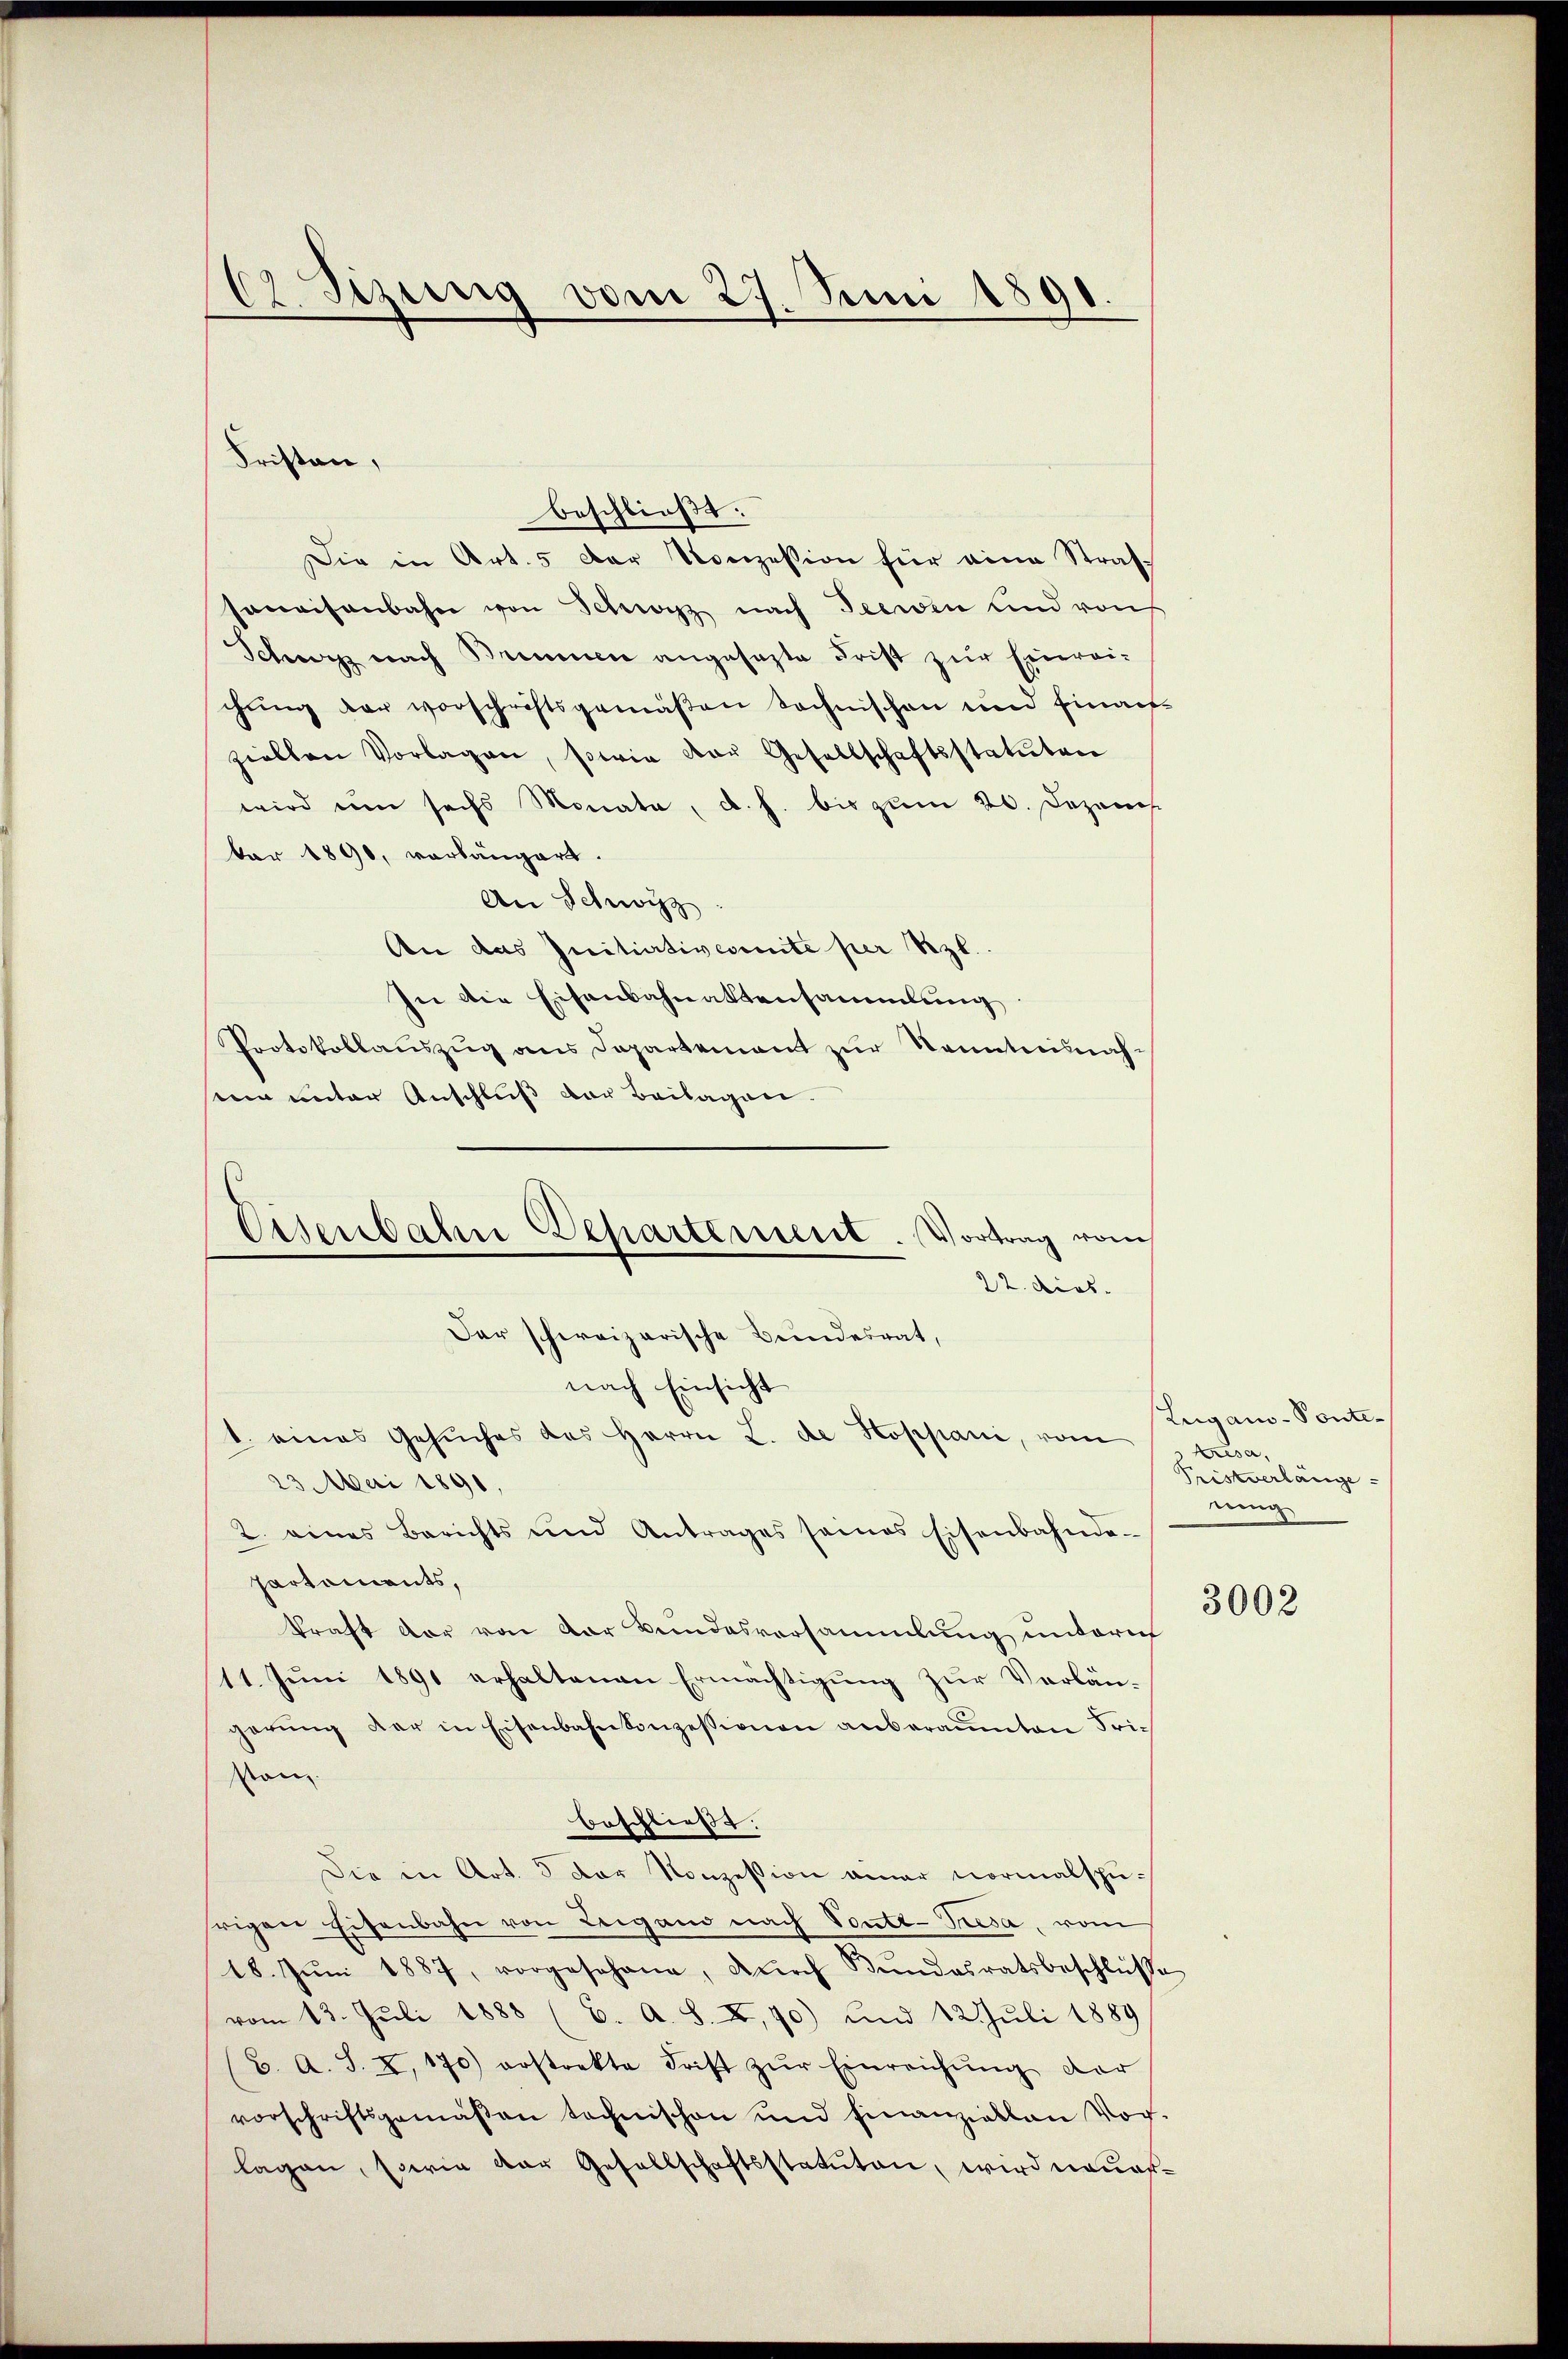
62 Sizung vom 27. Juni 1891.

Die in Art. 5 der Konzession für eine Strassoweisenbahn von Schwyz nach Teewin und von
Schwyz nach Brunnen angesezte Frist zur Einreichung der vorschriftsgemäßen technischen und Einausziellen Vorlagen, sowie der Gesellschaftsstatuten
wird um sechs Monate, d. h. bis zum 20. Dezem
bar 1890, vorlängert.
An Schwyz
An das Initiativeseite per Szl.
In die Eisenbahnaktensammlung
Protokollaŭszŭg ans Departement zŭr Kenntnisnah-
ein unter Anschluß der Beilagen.
nach Einsicht
1. eines Gesŭches des Herrn L. de Hoppani, vom Ersa
23. Mai 1891,
2. eines Berichts und Antrages seines Eisenbahnde-
Partements,
kraft der von der Bundesversammlung unterm
11. Jŭni 1891 erhaltenen Ermächtigŭng zŭr Verlän-
gerŭng der in Eisenbahnkonzessionen anberaumten Frison
beschließt:
Die in Art. 3 der Konzession amer normalspurigen Eisenbahn von Leigano nach Vonte-Tresa, vom
18. Jŭni 1887, vorgesehene, dŭrch Bŭndesratsbeschlüsse
vom 13. Juli 1888 (6. A. S. XI,70) und 12 Juli 1889
6. A. S. I. 170) erstrekte Frist zŭr Einreichŭng der
vorschriftsgemäβen technischen und finanziellen Vor-
lagen, sowie der Gesellschaftsstatuten, wird neuer¬

Fristen,

beschließt:

Eisenbahn Departement. Vortrag vom
22. dies
Der schweizerische Bundesrat,

Lugano - Ponte¬
Tristverlänge
einig

3002